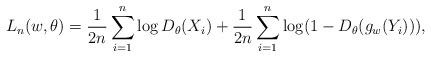
LaTeX: \begin{align*}L_n(w, \theta) = \frac1{2n} \sum\limits_{i=1}^n \log D_{\theta}(X_i) + \frac1{2n} \sum\limits_{i=1}^n \log (1 - D_{\theta}(g_w(Y_i))),\end{align*}